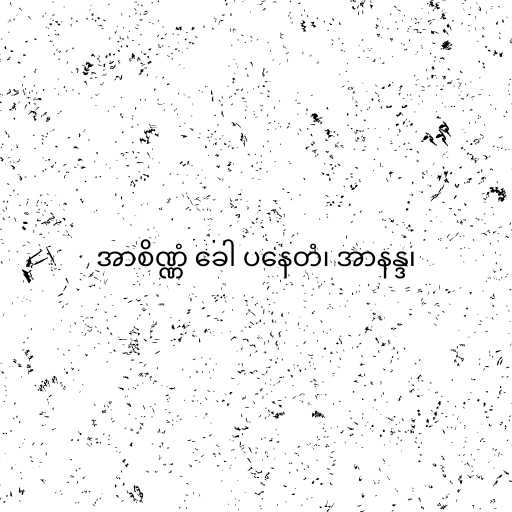
အာစိဏ္ဏံ ခေါ ပနေတံ၊ အာနန္ဒ၊